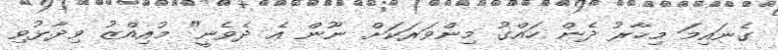
ގެނައިމަ މިހާރު ދެން ހައްގު މިންވަރަކަށް ނޫން އެ ދެވެނީ" މުއިއްޒު ވިދާޅުވި